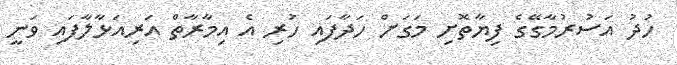
ހުދު އަސުރުމާގޭގެ ފިޔާތޮށި މަގަށް ހަދާފައި ހުރި އެ އިމާރާތް އަރިއަޅާލާފައި ވަނީ